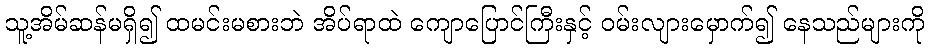
သူ့အိမ်ဆန်မရှိ၍ ထမင်းမစားဘဲ အိပ်ရာထဲ ကျောပြောင်ကြီးနှင့် ဝမ်းလျားမှောက်၍ နေသည်များကို